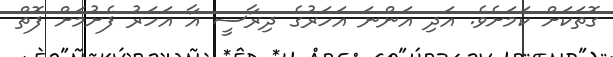
ގޮތަކަށް ކަމަށެވެ. އަދި އަންނަ އަހަރުގެ ދިރާސީ އާ އަހަރު ފެށުމަށް ފޮތް